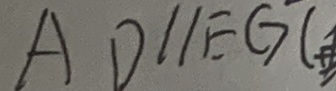
A D / / E G (